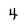
Character: 4